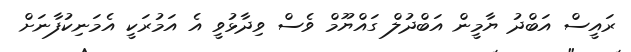
ރައީސް އަބްދު ޔާމީން އަބްދުލް ގައްޔޫމް ވެސް ވިދާޅުވީ އެ އަމުރަކީ އެމަނިކުފާނަށް